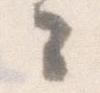
々